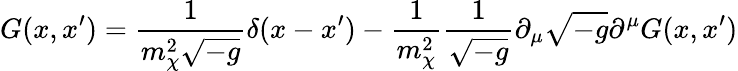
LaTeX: G(x,x^{\prime})=\frac 1{m_{\chi}^{2}\sqrt{-g}}\delta(x-x^{\prime})-\frac 1{m_{\chi}^{2}}\frac 1{\sqrt{-g}}\partial_{\mu}\sqrt{-g}\partial^{\mu}G(x,x^{\prime})